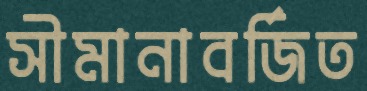
সীমানাবর্জিত